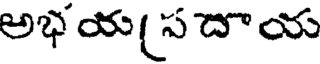
అభయ(సదాయ